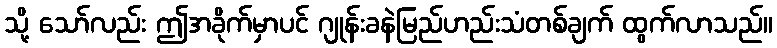
သို့ သော်လည်း ဤအခိုက်မှာပင် ဂျုန်းခနဲမြည်ဟည်းသံတစ်ချက် ထွက်လာသည်။